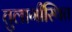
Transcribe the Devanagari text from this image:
तुलागीस्थित